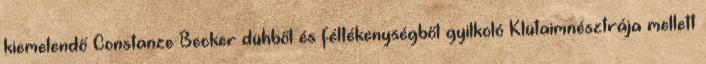
kiemelendő Constanze Becker dühből és féltékenységből gyilkoló Klütaimnésztrája mellett